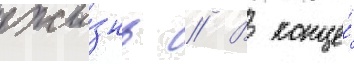
жи́знь // В конце́